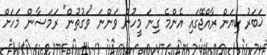
ޚަބަރު ކިޔަން ރާއްޖޭގައި އެންމެ ގިނަ މީހުން ވަންނަ "ވަގުތުން" ރަމަޟާން މަހަށް